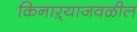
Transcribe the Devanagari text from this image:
किनाऱ्‍याजवळील